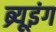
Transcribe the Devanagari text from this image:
ब्र्यूइंग